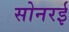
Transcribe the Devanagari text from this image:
सोनरई